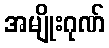
အမျိုးဂုဏ်